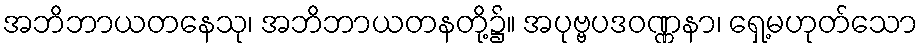
အဘိဘာယတနေသု၊ အဘိဘာယတနတို့၌။ အပုဗ္ဗပဒဝဏ္ဏနာ၊ ရှေ့မဟုတ်သော